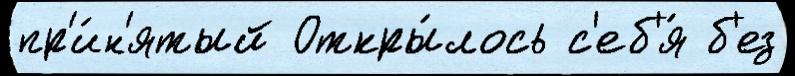
пр'и́н'ятый Откры́лось с'еб'я́ б'ез